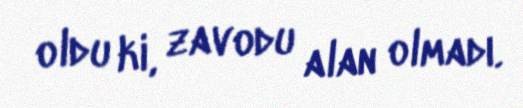
oldu ki, zavodu alan olmadı.